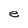
Character: e